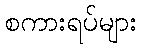
စကားရပ်များ